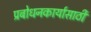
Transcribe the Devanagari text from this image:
प्रबोधनकार्यासाठी